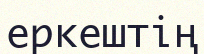
еркештің